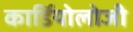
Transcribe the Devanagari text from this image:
कार्डियाेलोजी